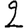
Digit: 2